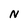
Character: N